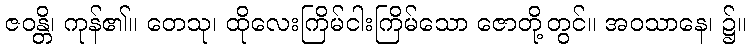
ဇဝန္တိ၊ ကုန်၏။ တေသု၊ ထိုလေးကြိမ်ငါးကြိမ်သော ဇောတို့တွင်။ အဝသာနေ၊ ၌။